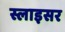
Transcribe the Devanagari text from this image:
स्लाइसर